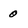
Character: 0